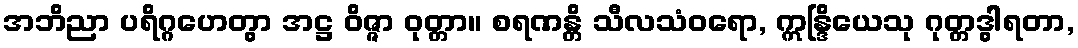
အဘိညာ ပရိဂ္ဂဟေတွာ အဋ္ဌ ဝိဇ္ဇာ ဝုတ္တာ။ စရဏန္တိ သီလသံဝရော, ဣန္ဒြိယေသု ဂုတ္တဒွါရတာ,